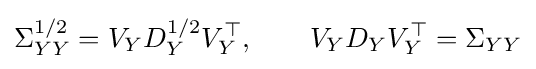
\Sigma _{YY}^{1/2}=V_{Y}D_{Y}^{1/2}V_{Y}^{\top },\qquad V_{Y}D_{Y}V_{Y}^{\top }=\Sigma _{YY}